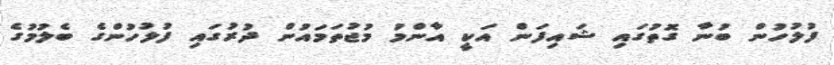
ފުލުހުން ބުނާ ގޮތުގައި ޝައިފަން އަކީ އާންމު މުޖުތަމައުން ދުރުގައި ފުލުހުންގެ ބެލުމުގެ